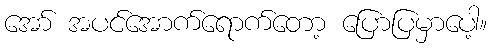
အော် အပင်အောက်ရောက်တော့ ပြောပြမှာပေါ့။